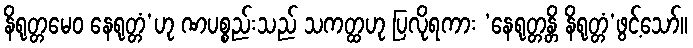
နိရုတ္တမေဝ နေရုတ္တံ’ဟု ဏပစ္စည်းသည် သကတ္ထဟု ပြလိုရကား ‘နေရုတ္တန္တိ နိရုတ္တံ’ဖွင့်သော်။